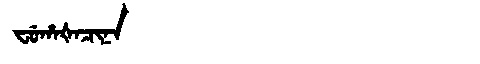
Manchu: ᠸᡠᡥᠠᡧᠠᠴᡳᠨᠠ
Romanization: FUHAŠACINA